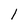
Character: l